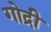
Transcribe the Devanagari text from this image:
गोद्री